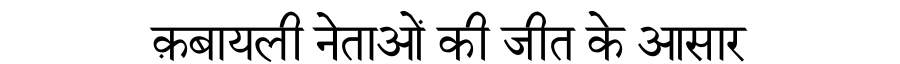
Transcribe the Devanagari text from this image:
क़बायली नेताओं की जीत के आसार